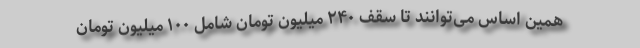
همین اساس می‌توانند تا سقف ۲۴۰ میلیون تومان شامل ۱۰۰ میلیون تومان